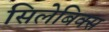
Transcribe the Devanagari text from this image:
सिलेबिक्स